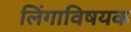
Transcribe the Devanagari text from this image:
लिंगाविषयक